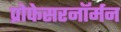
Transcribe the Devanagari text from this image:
प्रोफेसरनॉर्मन